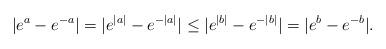
LaTeX: \begin{align*}|e^{a}-e^{-a}| = |e^{|a|}-e^{-|a|}| \leq |e^{|b|}-e^{-|b|}| = |e^{b}-e^{-b}|. \end{align*}